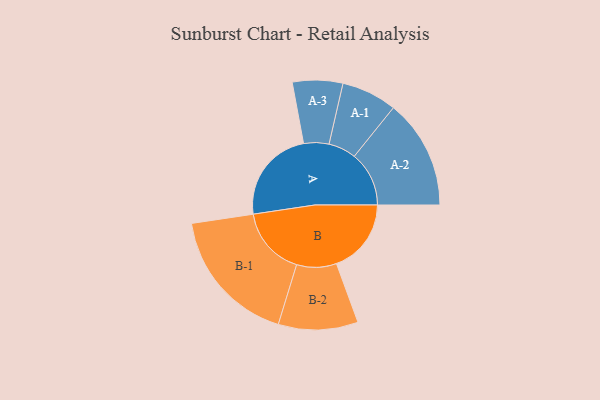
{"axis": {"x": "Segment", "y": "Value"}, "legend": ["", "A", "B"], "data": [{"x": "A", "y": 404, "type": ""}, {"x": "B", "y": 321, "type": ""}, {"x": "A-1", "y": 119, "type": "A"}, {"x": "A-2", "y": 235, "type": "A"}, {"x": "A-3", "y": 108, "type": "A"}, {"x": "B-1", "y": 296, "type": "B"}, {"x": "B-2", "y": 171, "type": "B"}]}